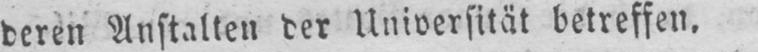
deren Anstalten der Universität betreffen.